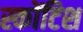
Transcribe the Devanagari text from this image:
स्कोंटिश